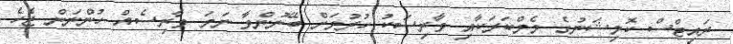
ރައިޓްސް ކޮމިޝަނުގެ މެމްބަރަކާއި ވާރިސަކު ހުރުމަށް ބޭނުންވާ ނަމަ ވާރިސެއް ހުންނަން ޖެހެ